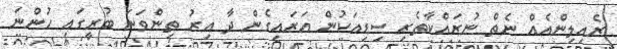
ރެއިލިންއެއް ނެތް ނުރައްކާތެރި ސިޑިއަކުން އަރައިގެން ދާ އިރު ތިންވަނަ ބުރީގައި ހުންނަ